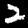
Digit: 2